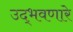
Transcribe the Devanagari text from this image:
उद्‌भवणारे